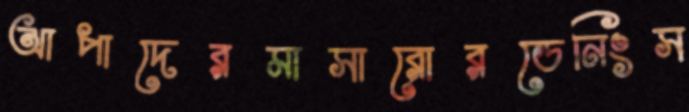
আপাদেরমাসারোরডেনিংস